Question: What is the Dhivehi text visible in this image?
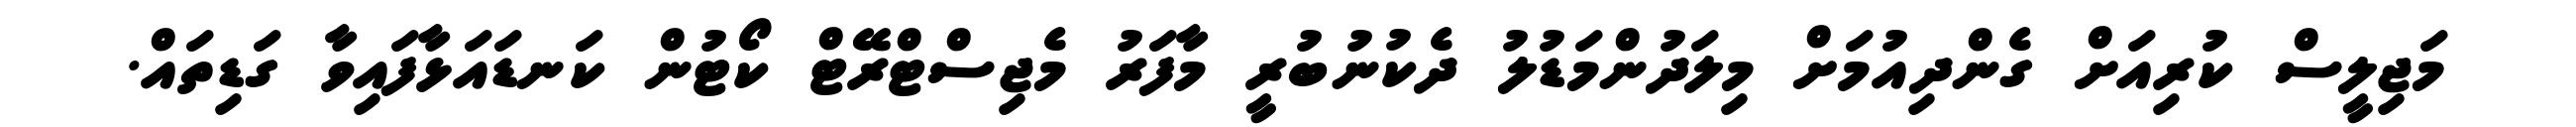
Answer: މަޖިލީސް ކުރިއަށް ގެންދިއުމަށް މިލަދުންމަޑުލު ދެކުނުބުރީ މާފަރު މެޖިސްޓްރޭޓް ކޯޓުން ކަނޑައަޅާފައިވާ ގަޑިތައް.